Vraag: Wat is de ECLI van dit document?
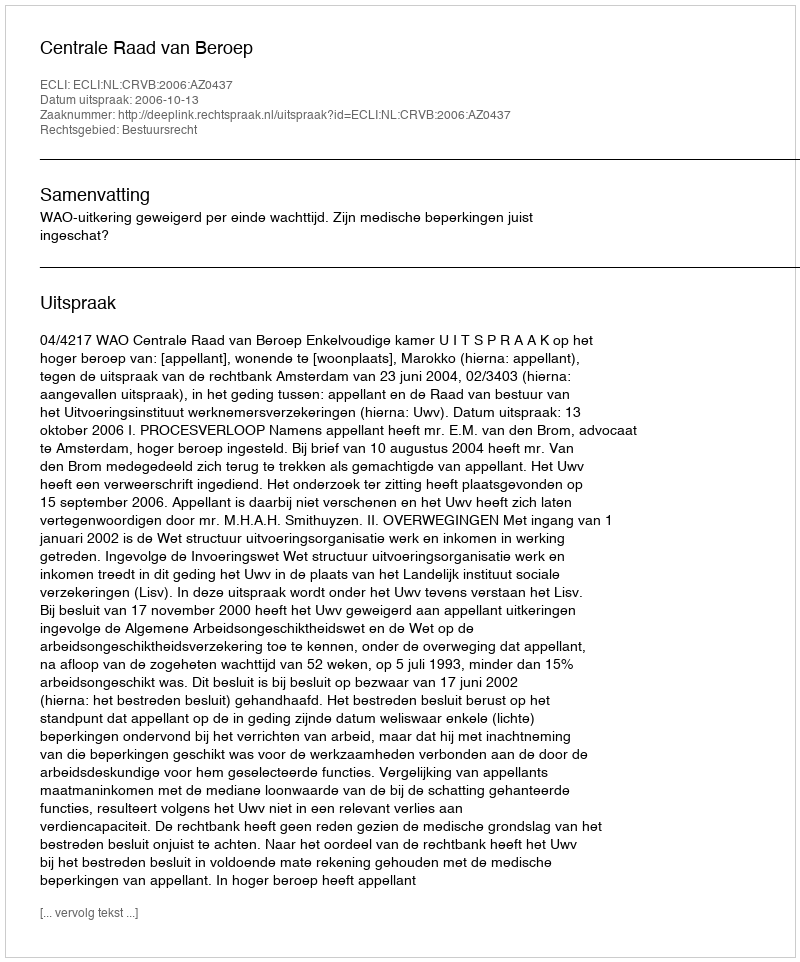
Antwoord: ECLI:NL:CRVB:2006:AZ0437